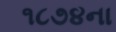
૧૮૭૪ના